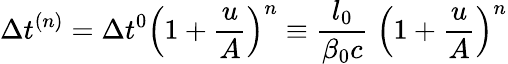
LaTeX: \Delta t^{(n)}=\Delta t^{0}\left(1+\frac{u}{A}\right)^{n}\equiv\frac{l_{0}}{\beta_{0}c}\; \left(1+\frac{u}{A}\right)^{n}